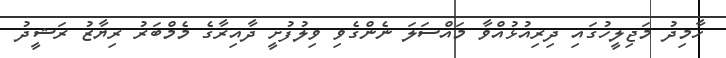
ހާމިދު މަޖިލީހުގައި ދިރިއުޅުއްވާ މައްސަލަ ނެންގެވި ވިލުފުށީ ދާއިރާގެ މެމްބަރު ރިޔާޒު ރަޝީދު